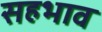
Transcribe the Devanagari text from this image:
सहभाव